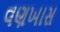
વણખાસ